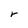
Character: r